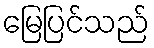
မြေပြင်သည်